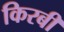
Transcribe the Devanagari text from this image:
किरबी